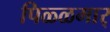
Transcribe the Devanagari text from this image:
पिळ्ळमार्